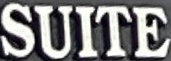
SUITE